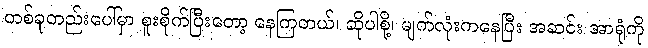
တစ်ခုတည်းပေါ်မှာ စူးစိုက်ပြီးတော့ နေကြတယ်၊ ဆိုပါစို့၊ မျက်လုံးကနေပြီး အဆင်း အာရုံကို